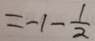
= - 1 - \frac { 1 } { 2 }